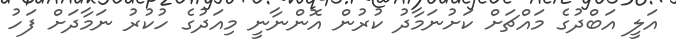
އަލީ އަބްދުގެ މައްޗަށް ކަށުނަމާދު ކުރުން އޮންނާނީ މިއަދުގެ ހުކުރު ނަމާދަށް ފަހު